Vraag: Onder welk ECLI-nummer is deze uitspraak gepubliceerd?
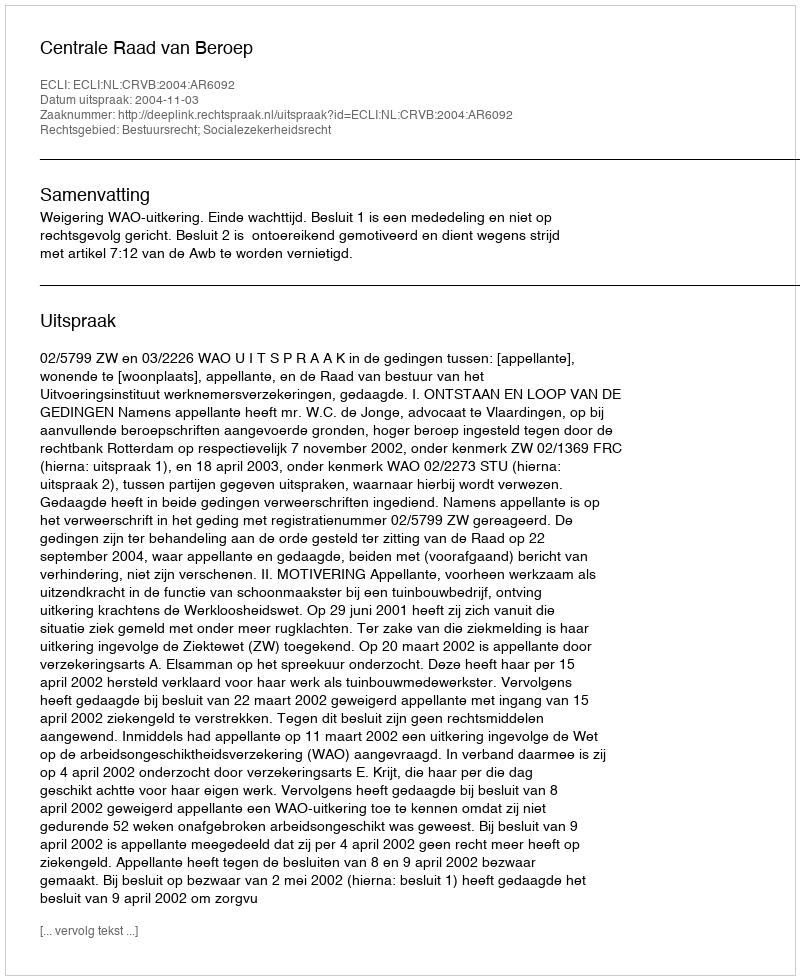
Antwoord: ECLI:NL:CRVB:2004:AR6092